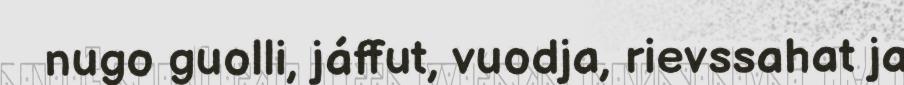
nugo guolli, jáffut, vuodja, rievssahat ja